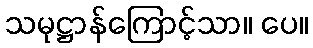
သမုဋ္ဌာန်ကြောင့်သာ။ ပေ။